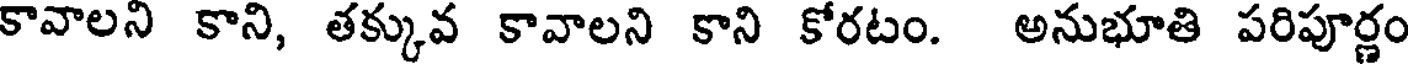
కావాలని కాని, తక్కువ కావాలని కాని కోరటం. అనుభూతి పరిపూర్ణం